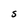
Character: S